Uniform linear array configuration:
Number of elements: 4
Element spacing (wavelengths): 0.5
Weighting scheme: hamming
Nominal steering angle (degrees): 0
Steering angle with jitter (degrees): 0.4021
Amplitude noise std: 0.05
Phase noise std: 0.05

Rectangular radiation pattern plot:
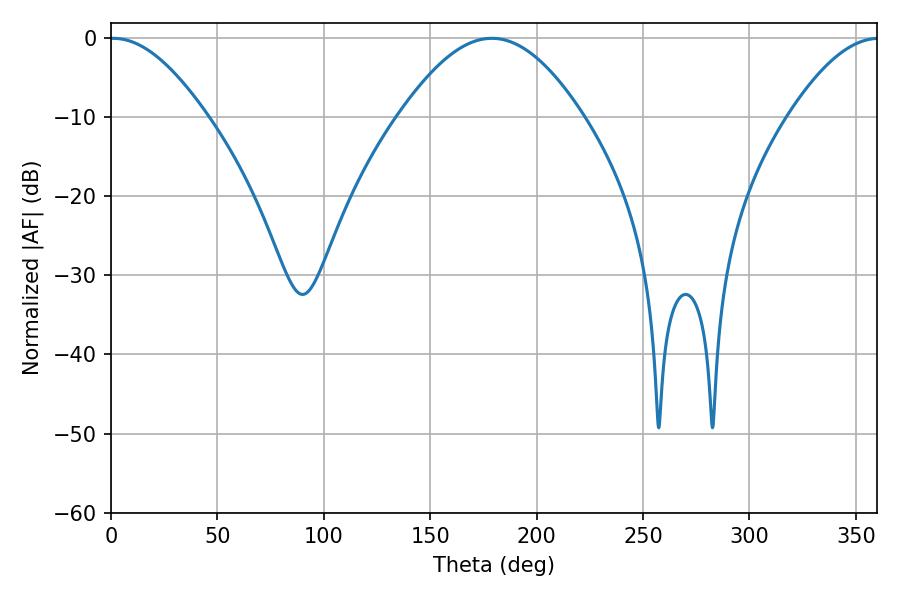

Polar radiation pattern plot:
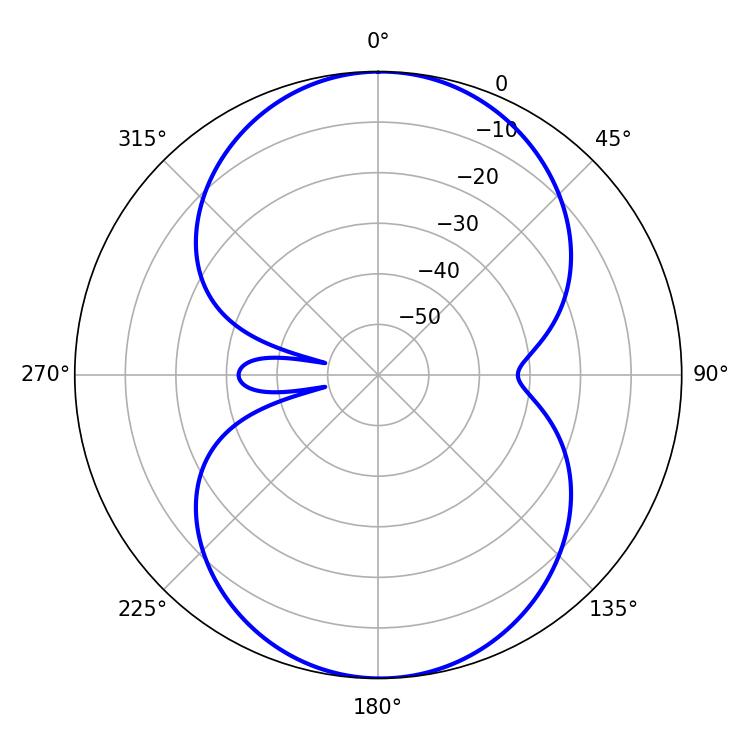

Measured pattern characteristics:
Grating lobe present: FALSE
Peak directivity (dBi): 16.638
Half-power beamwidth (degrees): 24.48
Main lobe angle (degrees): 1.08